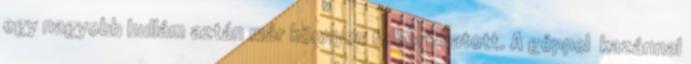
egy nagyobb hullám aztán már könnyen felboríthatott. A géppel kazánnal